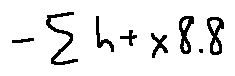
- \sum h + x 8 . 8